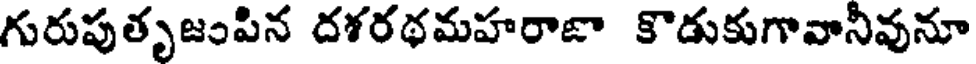
గురుపుతృజంపిన దశరథమహరాజా కొడుకుగావానీవునూ